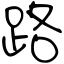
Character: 路